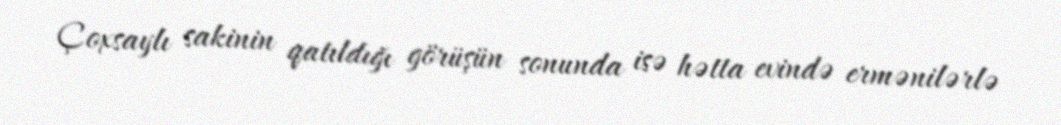
Çoxsaylı sakinin qatıldığı görüşün sonunda isə hətta evində ermənilərlə